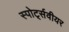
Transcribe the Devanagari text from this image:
स्पोर्ट्सवीयर